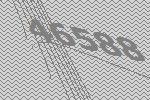
46588